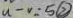
u - v = 5 \textcircled { 2 }